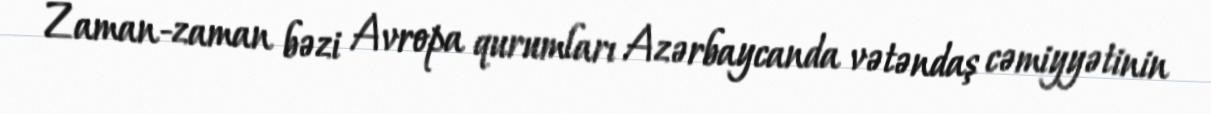
Zaman-zaman bəzi Avropa qurumları Azərbaycanda vətəndaş cəmiyyətinin